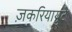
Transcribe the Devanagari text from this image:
ज़करियायुटे